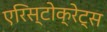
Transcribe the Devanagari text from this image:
एरिस्टोक्रेट्स